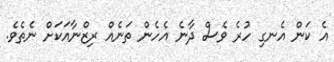
އެ ކަން އެނގި ހުރެ ވެސް ދާނެ އެހެން ތަނެއް ރިޒްނާއަކަށް ނެތެވެ.